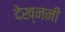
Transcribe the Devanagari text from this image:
देख्ननी